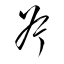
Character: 斧